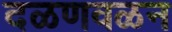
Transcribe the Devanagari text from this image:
दळणवळन